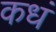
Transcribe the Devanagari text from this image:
कधं